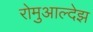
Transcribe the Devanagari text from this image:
रोमुआल्देझ